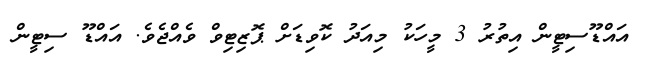
އައްޑޫސިޓީން އިތުރު 3 މީހަކު މިއަދު ކޮވިޑަށް ޕޮޒިޓިވް ވެއްޖެވެ. އައްޑޫ ސިޓީން